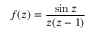
f ( z ) = { \frac { \sin z } { z ( z - 1 ) } }